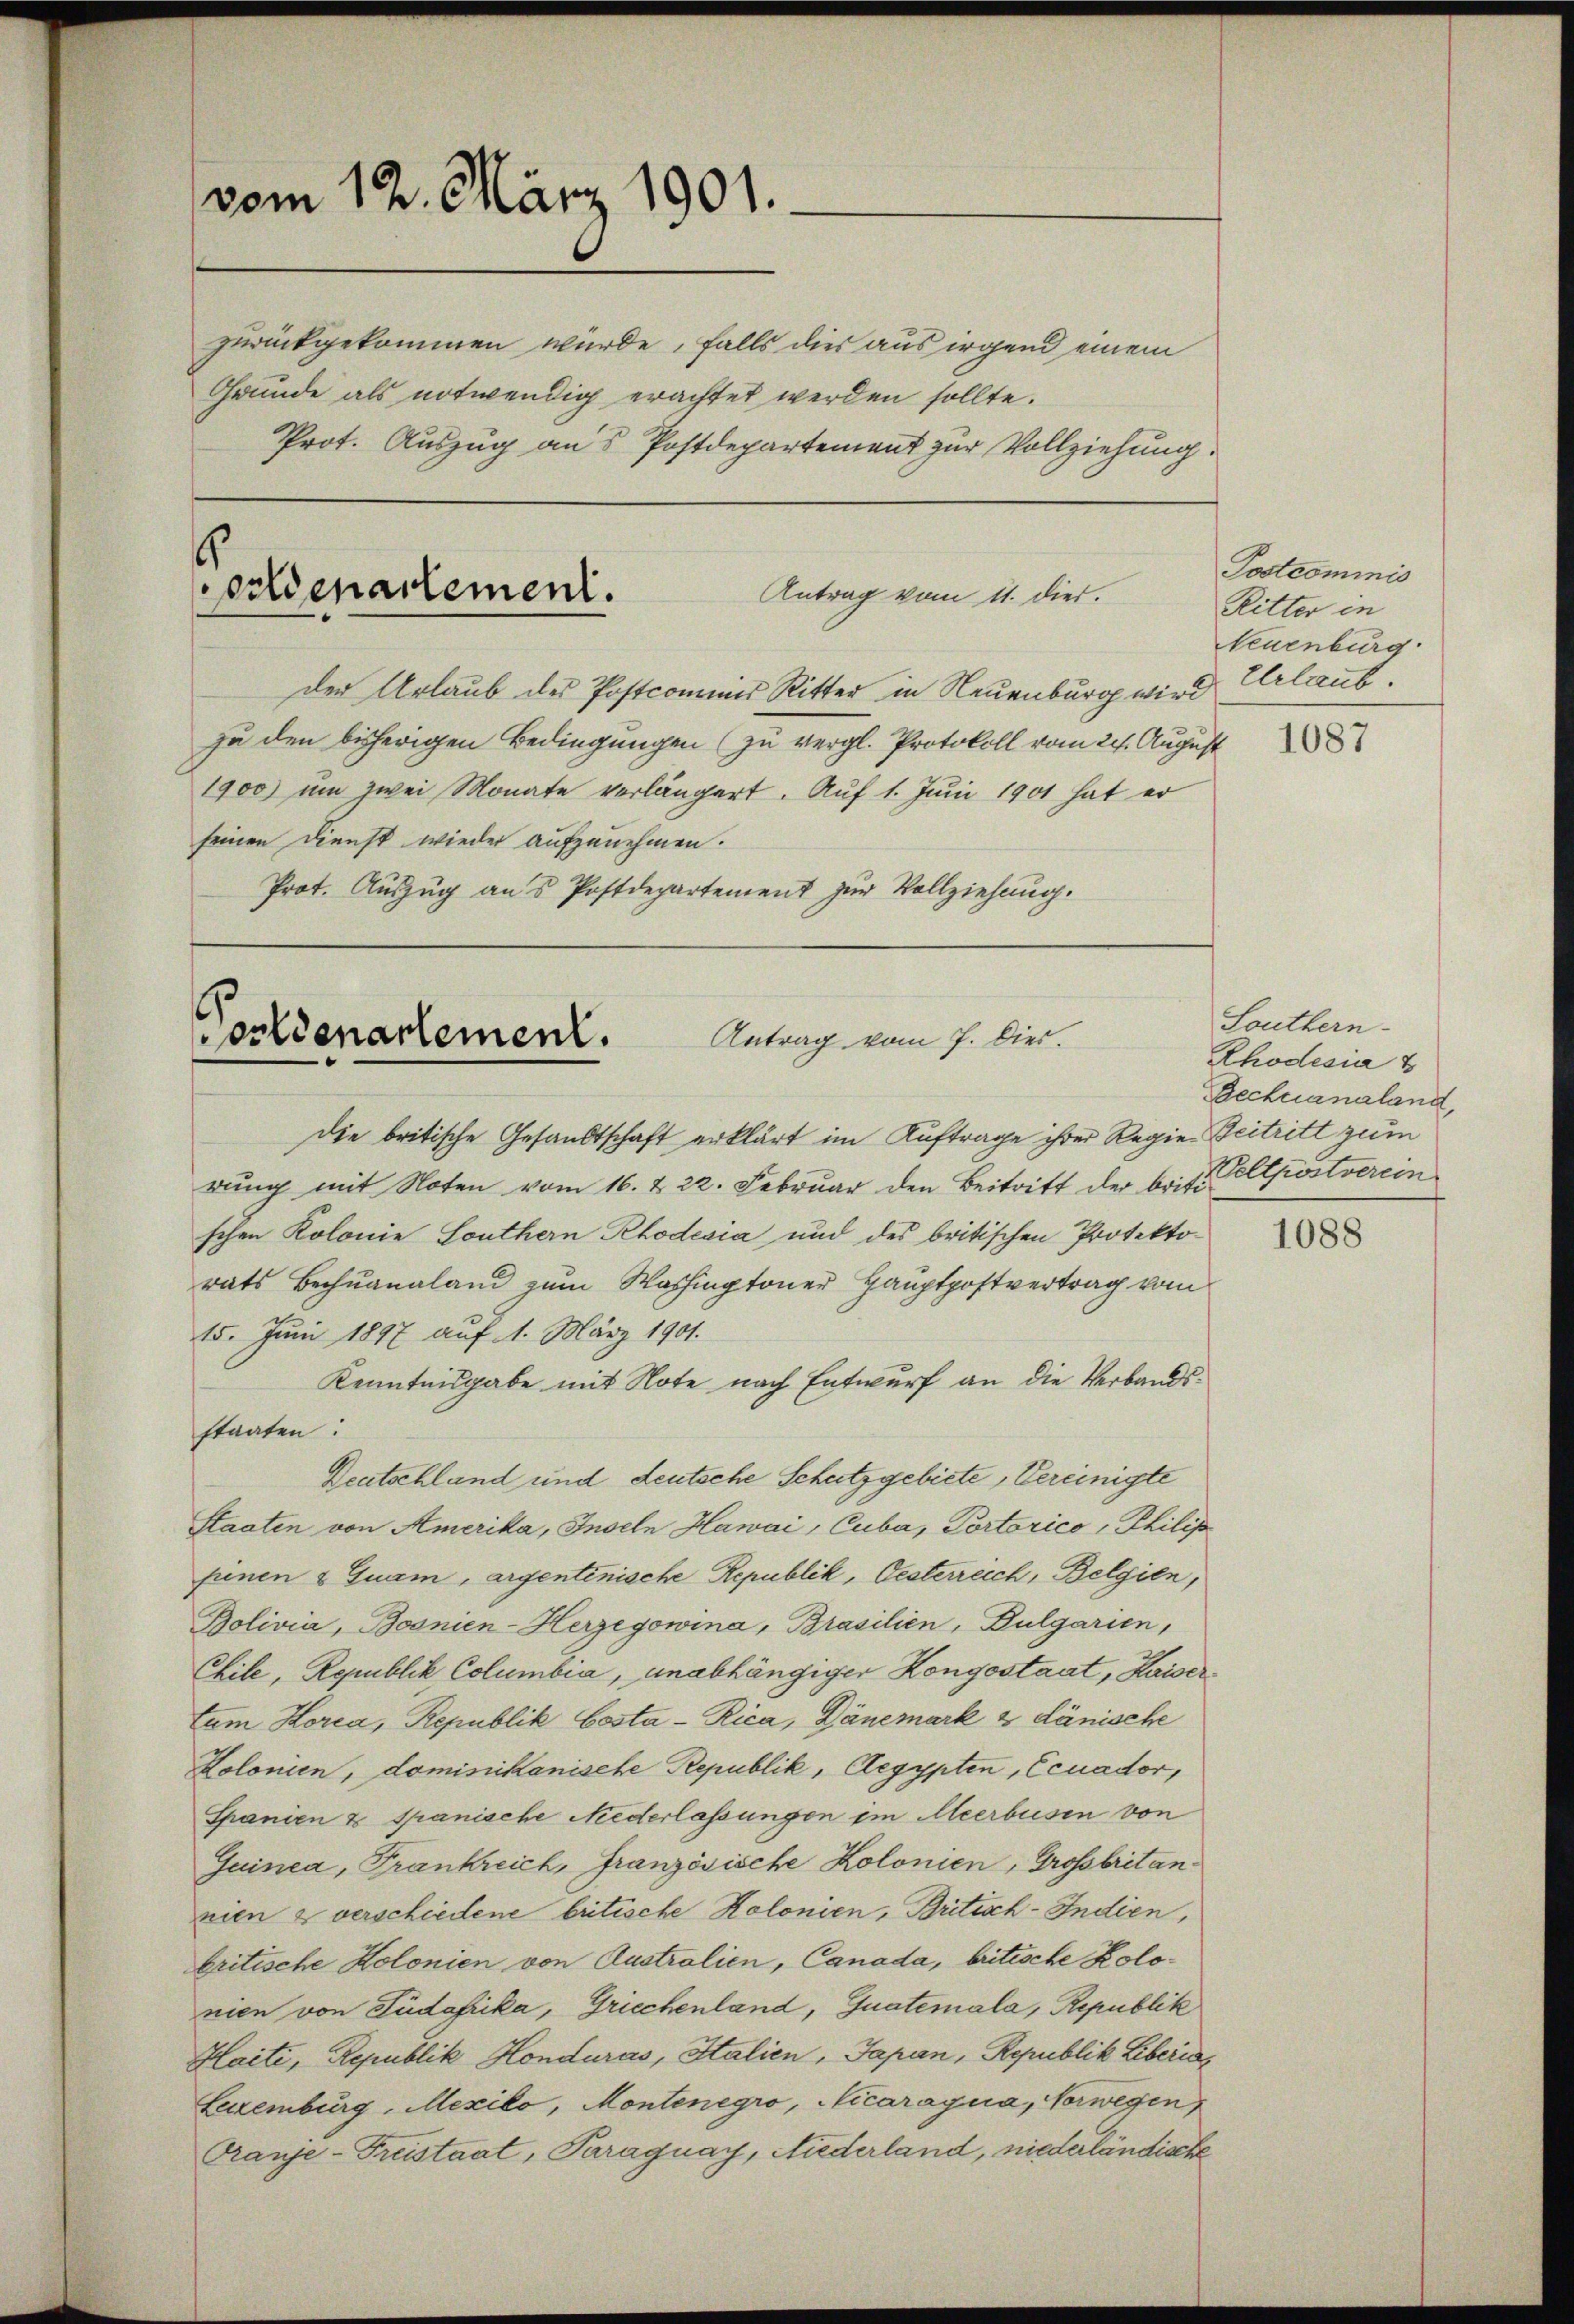
vom 12. März 1901.
zurückgekommen würde, falls dies aus irgend einem
Grunde als notwendig erachtet werden sollte.
Prot. Auszug aus Postdepartement zur Vollziehung

soldenartement.
Antrag vom 11. dies.

der Urlaub des Postcomines Ritter in Neuenburg wird
zu den bisherigen Bedingungen (zu vergl. Protokoll vom 24. August
1900 um zwei Monate verlängert. Auf 1. Juni 1901 hat er
seinen Dienst wieder aufzunehmen.
Prot. Auszug aus Postdepartement zur Vollziehung.

orlienartement.
Antrag vom 7. Dies.

Die britische Gesandtschaft erklärt im Auftrage ihrer Regie Beitritt zum
rŭng mit Noten vom 16. & 22. Febrŭar den Beitritt der britt ellpostverein
schen Kolonie Southern Rhodesia und des britischen Protektorats Bechuanaland zum Washingtoner Hauptpostvertrag vom
15. Juni 1897 auf 1. März 1901.
Kenntnisgabe mit Note nach Entwurf an die Verbandsstaaten:
Deutschland und deutsche Schutzgebiete, Vereinigte
Staaten von Amerika, Inseln Hawai, Cuba, Portorico, Philip
jenen & Guam, argentinische Republik, Oesterreich, Belgien,
Bolivia, Bosnien-Herzegowina, Brasilien, Bulgarien,
Chile, Republik Columbia, unabhängiger Kongostaat, Kaisertum Horca, Republik Costa-Rica, Dänemark 2 dänische
Lolonien, dominikanische Republik, Aegypten, Ecuador,
Spanien & Spanische Niederlassungen im Meerbusen von
Guinca, Frankreich, Französische Kolonien, Grossbritannien & verschiedene britische Kolonien, Britisch-Indien,
britische Kolonien von Austrolien, Canada, britische Kolonien von Südafrika, Griechenland, Guatemala, Republik
Haiti, Republik Honduras, Stalien, Japan, Republik Liberis
Luxenburg, Mexiko, Montenegro, Vicaragua, Vorwegen
Pranje-Freistaat, Paraguay, Niederland, niederländische

Postcommis
Ritter in
Neuenburg.
Erlaub.

1087

Southern.
Rhodesia
Bechcanaland,

1088